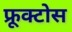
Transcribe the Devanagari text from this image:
फ्रूक्टोस